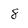
Character: 8